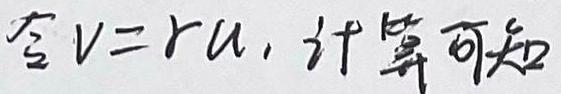
令$v = ru$, 计算可知